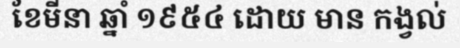
ខែមីនា ឆ្នាំ ១៩៥៤ ដោយ មាន កង្វល់